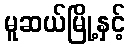
မူဆယ်မြို့နှင့်